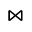
\bowtie